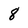
Character: 8